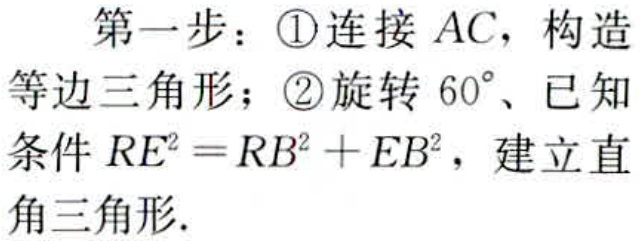
第一步：\textcircled{1}连接 \(AC\)，构造等边三角形；\textcircled{2}旋转 \(60^{\circ}\)、已知条件 \(RE^{2}=RB^{2}+EB^{2}\)，建立直角三角形.